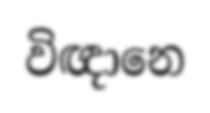
විඥානෙ